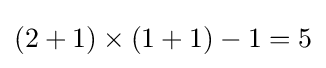
(2+1)\times (1+1)-1=5